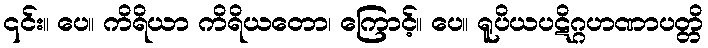
၎င်း။ ပေ။ ကိရိယာ ကိရိယတော၊ ကြောင့်။ ပေ။ ရူပိယပဋိဂ္ဂဟဏာပတ္တိ